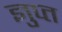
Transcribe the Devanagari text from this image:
ज्ञुप्‍त